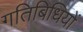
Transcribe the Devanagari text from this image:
गतिबिधियों